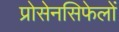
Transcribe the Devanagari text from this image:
प्रोसेनसिफेलों